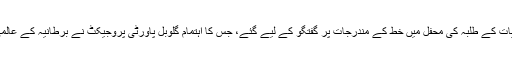
پھر وہ لندن اسکول آف اکنامکس کے بین الاقوامی ترقیات کے طلبہ کی محفل میں خط کے مندرجات پر گفتگو کے لیے گئے، جس کا اہتمام گلوبل پاورٹی پروجیکٹ نے برطانیہ کے عالمی غربت سفیر پروگرام کے آغاز کے موقع پر کیا تھا۔